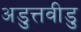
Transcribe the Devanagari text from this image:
अडुत्तवीडु